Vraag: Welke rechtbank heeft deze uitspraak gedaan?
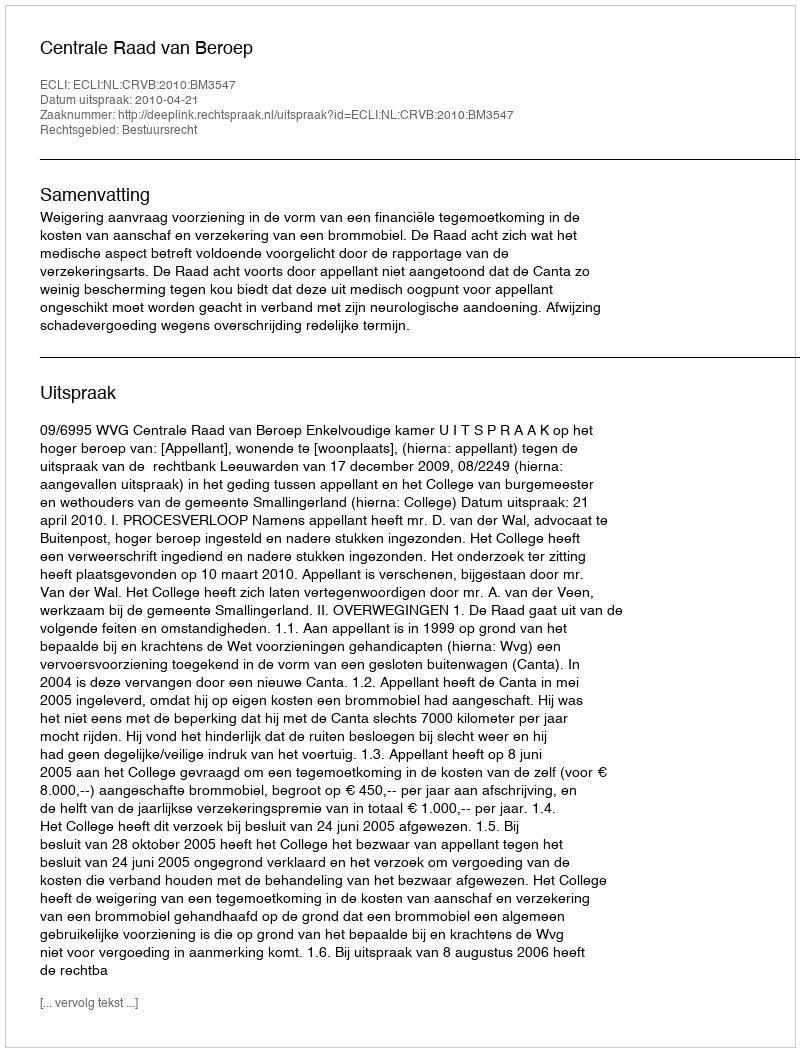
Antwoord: Centrale Raad van Beroep